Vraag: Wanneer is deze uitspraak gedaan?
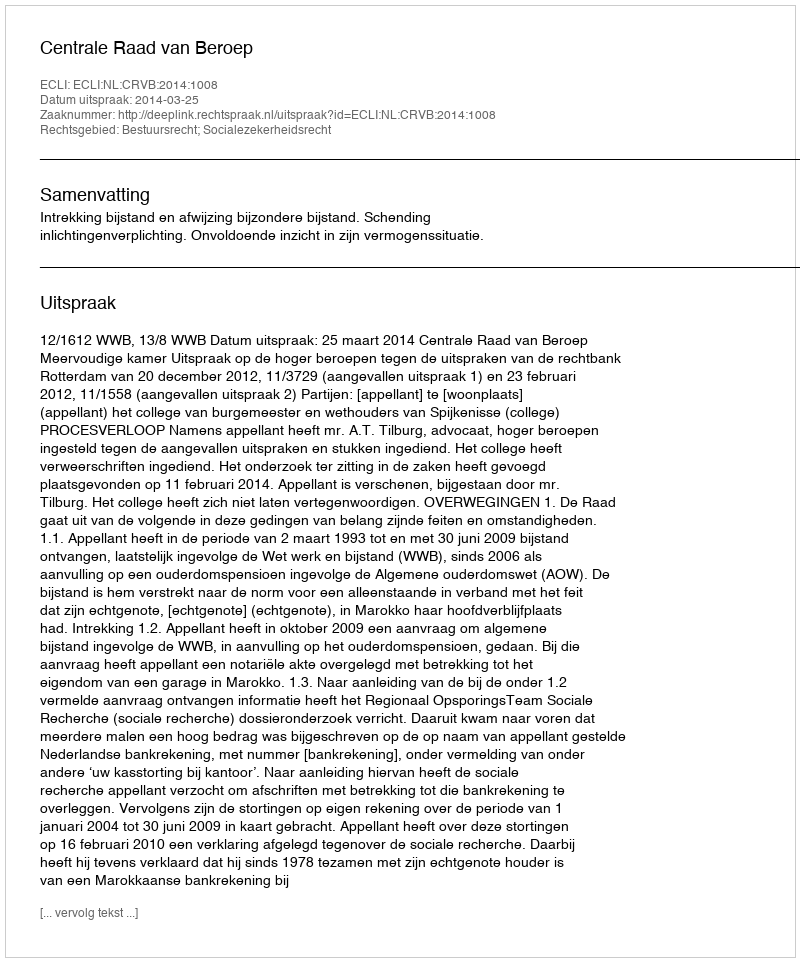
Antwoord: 2014-03-25